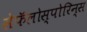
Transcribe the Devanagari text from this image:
सेफॅलोस्पोरिन्स